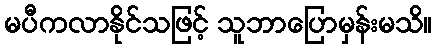
မပီကလာနိုင်သဖြင့် သူဘာပြောမှန်းမသိ။